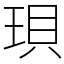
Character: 珼